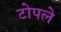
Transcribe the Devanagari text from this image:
टोपले